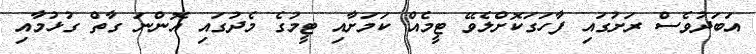
އަބަދުވެސް ރަށުގައި ފާހަގަކޮށްލެވޭ ޓީމެއް ކަމަށާއި ޓީމުގެ މެދުގައި އޮންނަ ގާތް ގުޅުމާއި